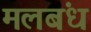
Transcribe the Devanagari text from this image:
मलबंध